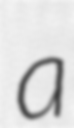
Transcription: a